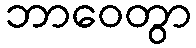
ဘာဝေတွာ